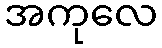
အကုလေ